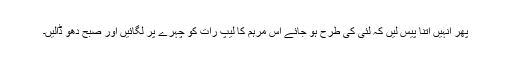
پھر انہیں اتنا پیس لیں کہ لئی کی طرح ہو جائے اس مرہم کا لیپ رات کو چہرے پر لگائیں اور صبح دھو ڈالیں۔